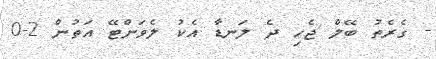
- ގެރެތު ބޭލް ޖެހި ދެ ލަނޑާ އެކު ލެވަންޓޭ އަތުން 2-0